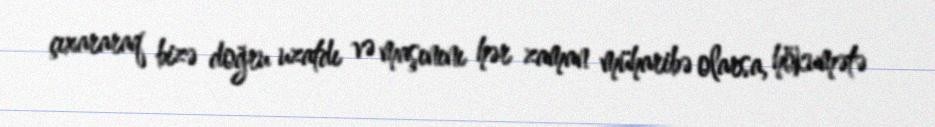
çıxararaq bizə doğru uzatdı və maşınını hər zaman müharibə olarsa, hökumətə